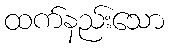
ထက်နည်းသော